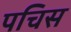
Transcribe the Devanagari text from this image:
पचिस